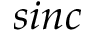
s i n c